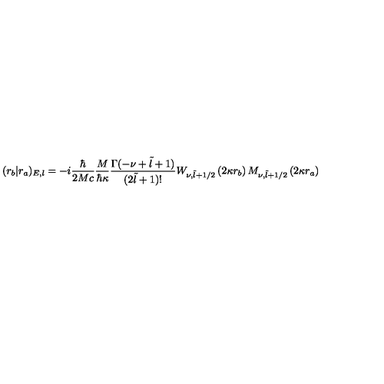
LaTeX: ( r _ { b } | r _ { a } ) _ { E , l } = - i \frac { \hbar } { 2 M c } \frac { M } { \hbar \kappa } \frac { \Gamma ( - \nu + \tilde { l } + 1 ) } { ( 2 \tilde { l } + 1 ) ! } W _ { \nu , \tilde { l } + 1 / 2 } \left( 2 \kappa r _ { b } \right) M _ { \nu , \tilde { l } + 1 / 2 } \left( 2 \kappa r _ { a } \right)